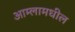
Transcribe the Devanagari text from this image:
आम्लामधील